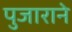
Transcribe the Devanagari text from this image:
पुजाराने